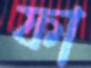
ফা